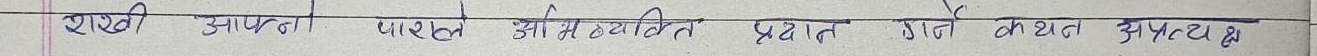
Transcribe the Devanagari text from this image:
राशी आपत्ती पारले आओमव्यवस्थित प्रदान गर्ने कथन अपत्य हो।